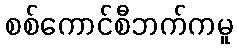
စစ်ကောင်စီဘက်ကမူ